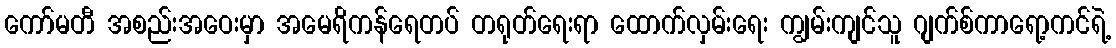
ကော်မတီ အစည်းအဝေးမှာ အမေရိကန်ရေတပ် တရုတ်ရေးရာ ထောက်လှမ်းရေး ကျွမ်းကျင်သူ ဂျက်စ်ကာရော့ကင်ရဲ့